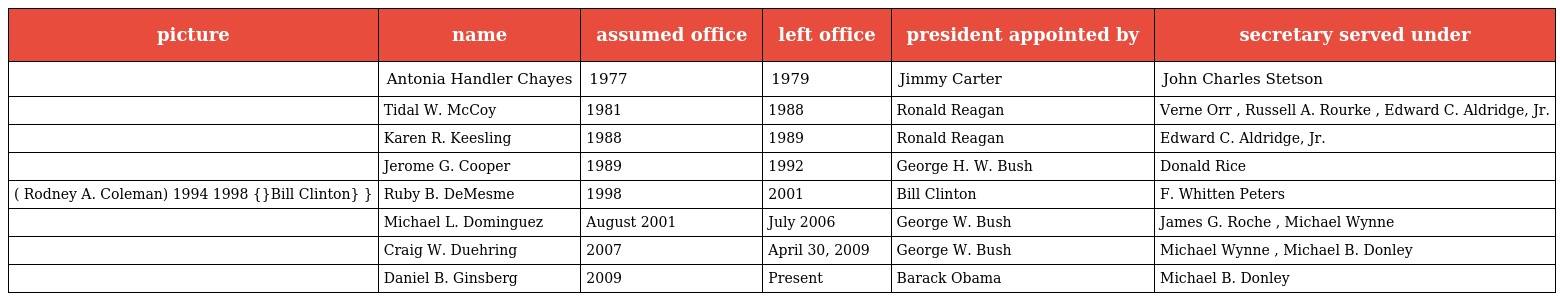
| picture | name | assumed office | left office | president appointed by | secretary served under |
 | --- | --- | --- | --- | --- | --- |
 |  | Antonia Handler Chayes | 1977 | 1979 | Jimmy Carter | John Charles Stetson |
 |  | Tidal W. McCoy | 1981 | 1988 | Ronald Reagan | Verne Orr , Russell A. Rourke , Edward C. Aldridge, Jr. |
 |  | Karen R. Keesling | 1988 | 1989 | Ronald Reagan | Edward C. Aldridge, Jr. |
 |  | Jerome G. Cooper | 1989 | 1992 | George H. W. Bush | Donald Rice |
 | ( Rodney A. Coleman) 1994 1998 {}Bill Clinton} } | Ruby B. DeMesme | 1998 | 2001 | Bill Clinton | F. Whitten Peters |
 |  | Michael L. Dominguez | August 2001 | July 2006 | George W. Bush | James G. Roche , Michael Wynne |
 |  | Craig W. Duehring | 2007 | April 30, 2009 | George W. Bush | Michael Wynne , Michael B. Donley |
 |  | Daniel B. Ginsberg | 2009 | Present | Barack Obama | Michael B. Donley |